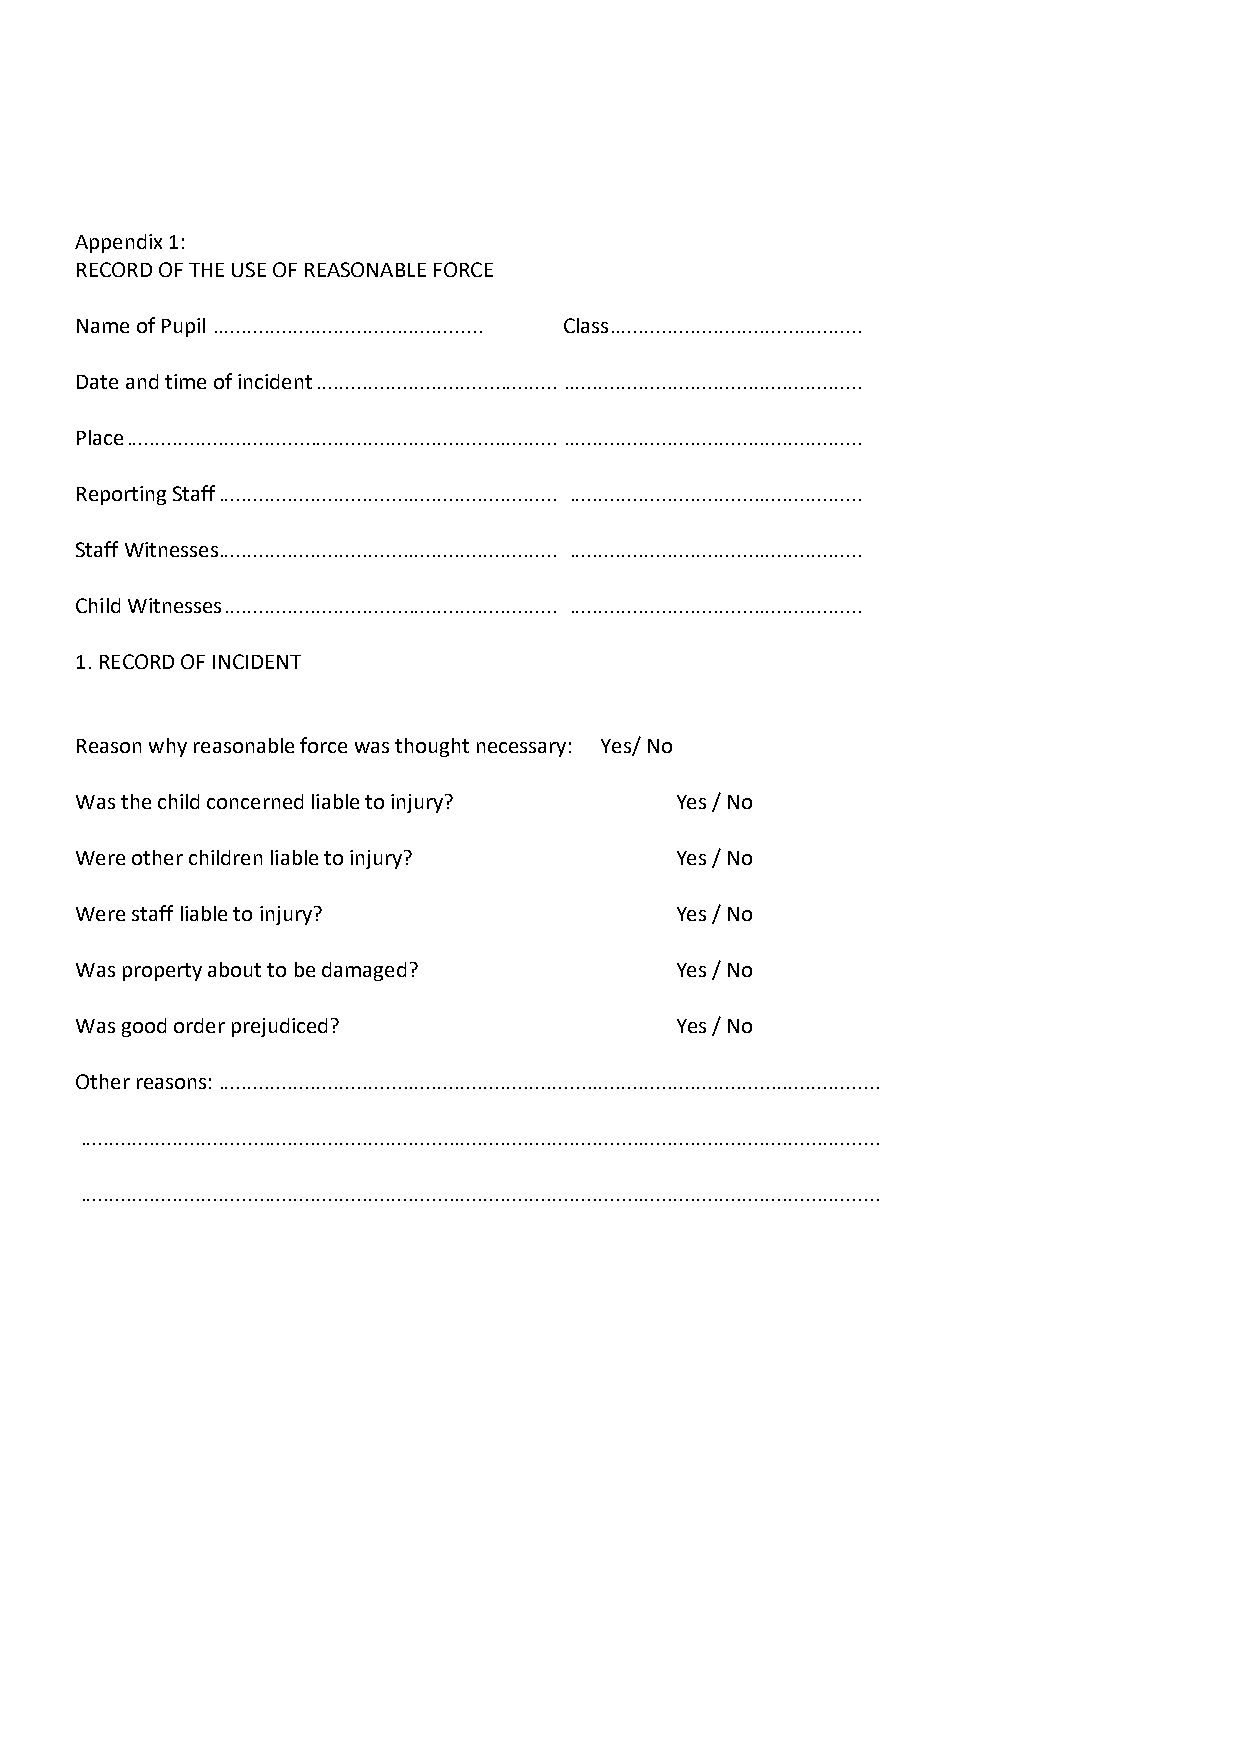
Appendix 1:
 RECORD OF THE USE OF REASONABLE FORCE
 Name of Pupil ............................................... Class ............................................
 Date and time of incident .......................................... ....................................................
 Place ........................................................................... ....................................................
 Reporting Staff ........................................................... ...................................................
 Staff Witnesses........................................................... ...................................................
 Child Witnesses .......................................................... ...................................................
 1. RECORD OF INCIDENT
 Reason why reasonable force was thought necessary: Yes/ No
 Was the child concerned liable to injury? Yes / No
 Were other children liable to injury?   Yes / No
 Were staff liable to injury?            Yes / No
 Was property about to be damaged?       Yes / No
 Was good order prejudiced?              Yes / No
 Other reasons: ...................................................................................................................
 ...........................................................................................................................................
 ...........................................................................................................................................